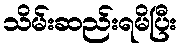
သိမ်းဆည်းရမိပြီး